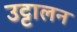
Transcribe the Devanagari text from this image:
उट्टालन